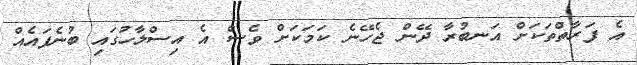
އެ ފަރާތްތަކަށް އަނބުރާ ދޭން ޖެހޭނެ ކަމަކަށް ވެސް އެ އިސްލާހުގައި ބުނެފައެއް